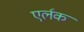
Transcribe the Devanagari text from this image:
एर्लक